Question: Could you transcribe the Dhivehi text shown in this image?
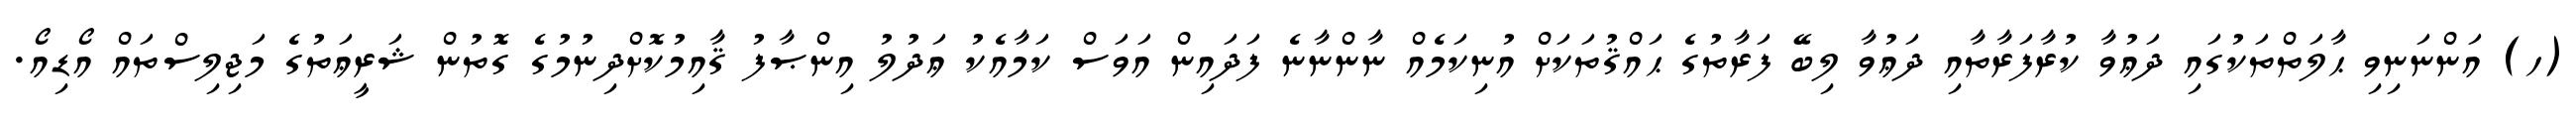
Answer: (ހ) އަންނަނިވި ޙާލަތްތަކުގައި ދަޢުވާ ކުރާފަރާތާއި ދަޢުވާ ލިބޭ ފަރާތުގެ ޙައްޤުތަކަށް އުނިކަމެއް ނާންނާނެ ފަދައިން އަވަސް ކަމާއެކު ޢަދުލު އިންޞާފު ޤާއިމުކޮށްދިނުމުގެ ގޮތުން ޝަރީޢަތުގެ މަޖިލިސްތައް އޯޑިއޯ.